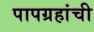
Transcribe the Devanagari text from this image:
पापग्रहांची